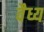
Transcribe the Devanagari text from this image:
वैध्य